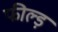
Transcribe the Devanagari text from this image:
फील्ड़